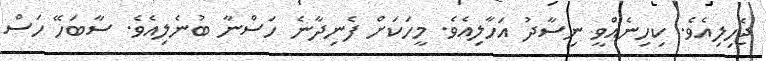
ޖެހިލިއެވެ. ކިހިނެއްވީ ނިސާދު އަހާލިއެވެ. މީހަކަށް ފެނިދާނެ ހަސްނާ ބުނެލިއެވެ. ސާބަހޭ ހަސް